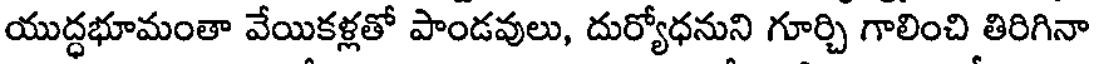
యుద్ధభూమంతా వేయికళ్లతో పాండవులు, దుర్యోధనుని గూర్చి గాలించి తిరిగినా